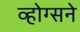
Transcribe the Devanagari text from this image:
व्होग्सने